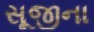
સૂજીના